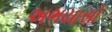
અભયાસો